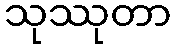
သုဿုတာ